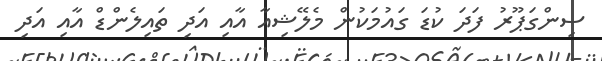
ސިންގަޕޫރު ފަދަ ކުޑަ ގައުމަަކުން މެލޭޝިއާ އާއި އަދި ތައިލެންޑް އާއި އަދި